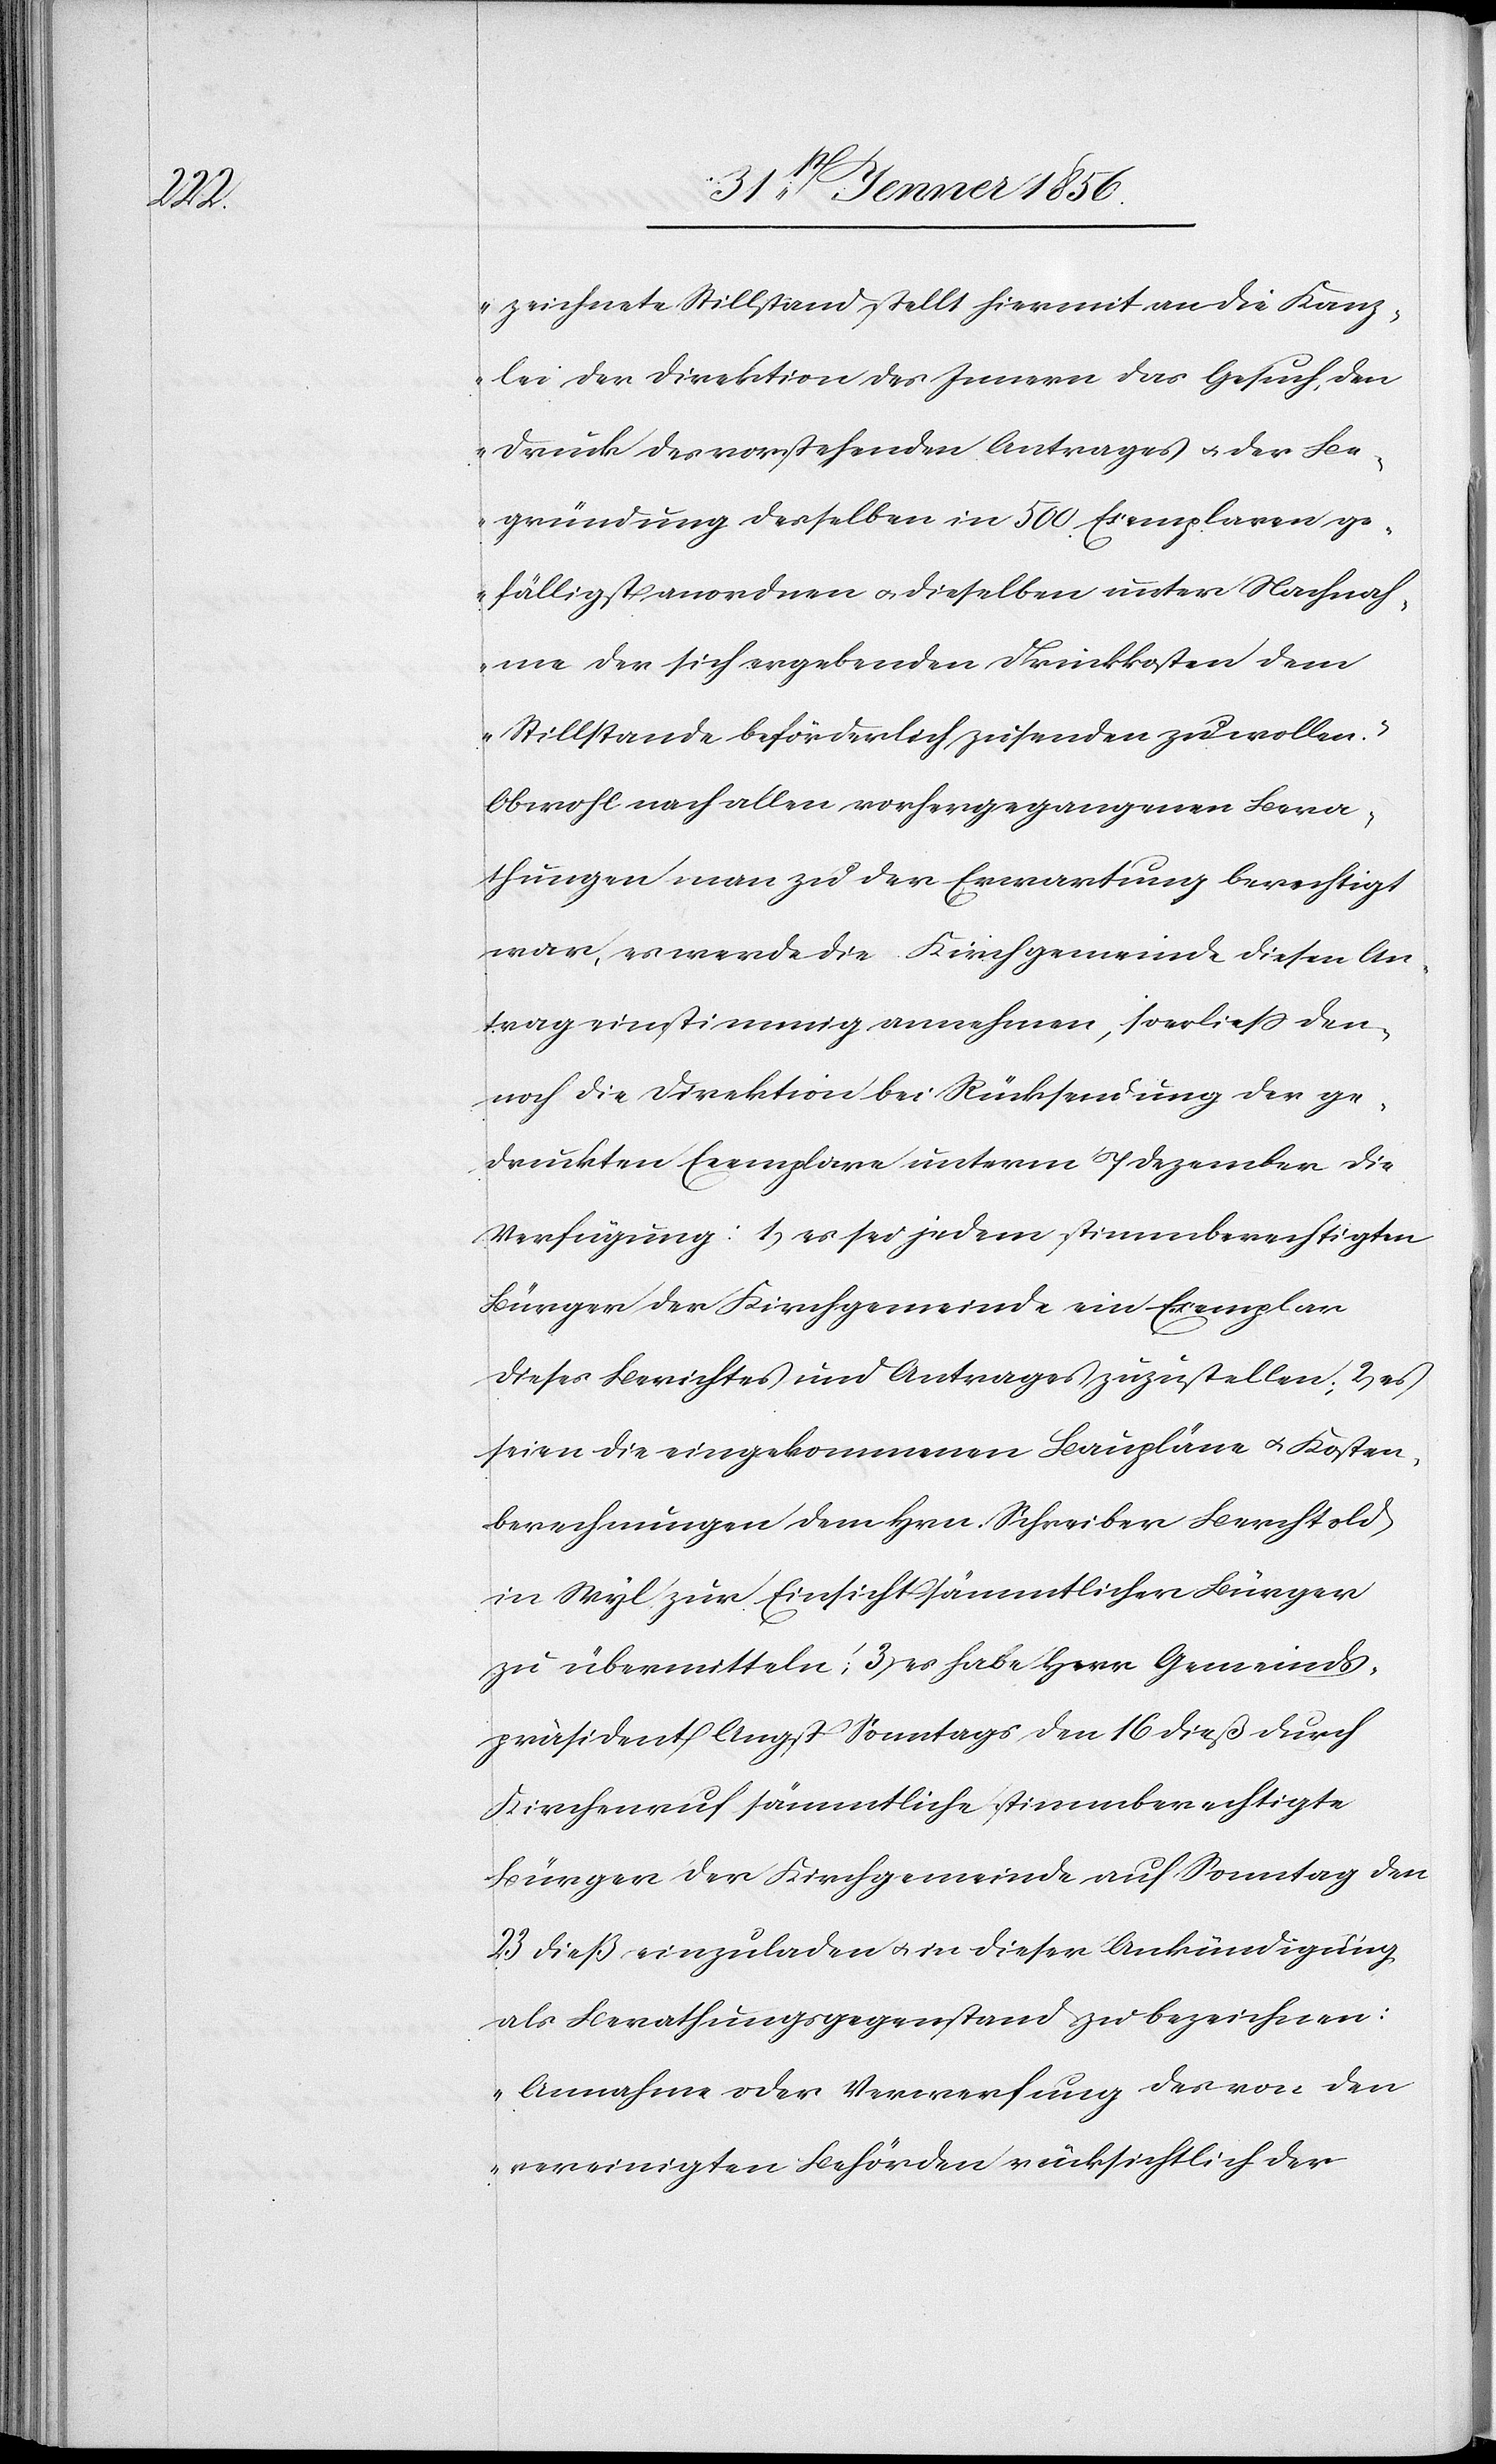
zeichnete Stillstand, stellt hiermit an die Kanz¬
lei der Direktion des Innern das Gesuch, den
Druck des vorstehenden Antrages u. der Be¬
gründung desselben in 500 Exemplaren ge¬
fälligst anordnen u. dieselben unter Nachnah¬
me der sich ergebenden Druckkosten dem
Stillstande beförderlich zusenden zu wollen.“
Obwohl nach allen vorhergegangenen Bera¬
thungen man zu der Erwartung berechtigt
war, es werde die Kirchgemeinde diesen An¬
trag einstimmig annehmen, so erließ den¬
noch die Direktion bei Rücksendung der ge¬
druckten Exemplare unterm 7 Dezember die
Verfügung: 1, es sei jedem stimmberechtigten
Bürger der Kirchgemeinde ein Exemplar
dieses Berichtes und Antrages zuzustellen; 2, es
seien die eingekommenen Baupläne u. Kosten¬
berechnungen dem Hrn. Schreiber Berchtold
in Wyl zur Einsicht sämmtlicher Bürger
zu übermitteln; 3, es habe Herr Gemeinds¬
präsident Angst Sonntags den 16 dieß durch
Kirchenruf sämmtliche stimmberechtigte
Bürger der Kirchgemeinde auf Sonntag den
23 dieß einzuladen u. in dieser Ankündigung
als Berathungsgegenstand zu bezeichnen:
„Annahme oder Verwerfung der von den
vereinigten Behörden rücksichtlich der